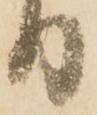
り